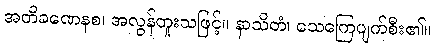
အတိခဏေနစ၊ အလွန်တူးသဖြင့်။ နာသိတံ၊ သေကြေပျက်စီး၏။